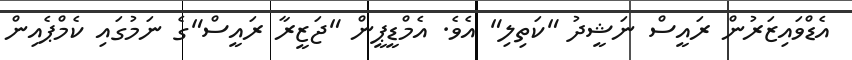
އެޑްވައިޒަރުން ރައީސް ނަޝީދު "ކަތިލި" އެވެ. އެމްޑީޕީން "ޖަޒީރާ ރައީސް"ގެ ނަމުގައި ކެމްޕެއިން